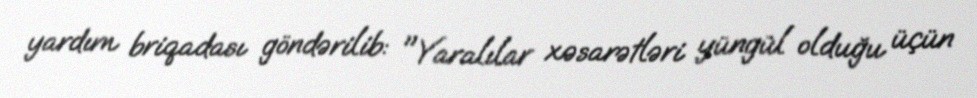
yardım briqadası göndərilib: "Yaralılar xəsarətləri yüngül olduğu üçün